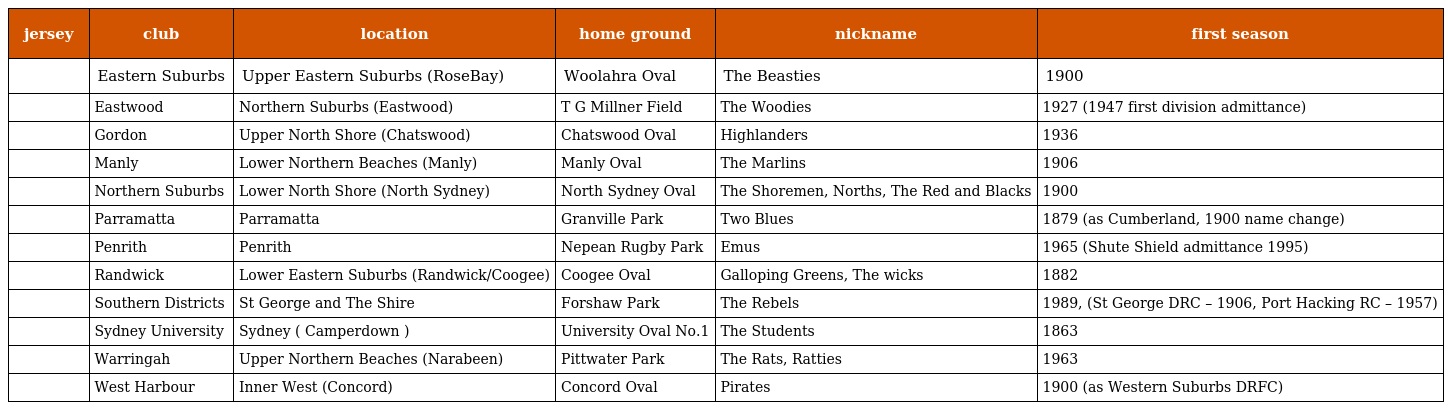
| jersey | club | location | home ground | nickname | first season |
 | --- | --- | --- | --- | --- | --- |
 |  | Eastern Suburbs | Upper Eastern Suburbs (RoseBay) | Woolahra Oval | The Beasties | 1900 |
 |  | Eastwood | Northern Suburbs (Eastwood) | T G Millner Field | The Woodies | 1927 (1947 first division admittance) |
 |  | Gordon | Upper North Shore (Chatswood) | Chatswood Oval | Highlanders | 1936 |
 |  | Manly | Lower Northern Beaches (Manly) | Manly Oval | The Marlins | 1906 |
 |  | Northern Suburbs | Lower North Shore (North Sydney) | North Sydney Oval | The Shoremen, Norths, The Red and Blacks | 1900 |
 |  | Parramatta | Parramatta | Granville Park | Two Blues | 1879 (as Cumberland, 1900 name change) |
 |  | Penrith | Penrith | Nepean Rugby Park | Emus | 1965 (Shute Shield admittance 1995) |
 |  | Randwick | Lower Eastern Suburbs (Randwick/Coogee) | Coogee Oval | Galloping Greens, The wicks | 1882 |
 |  | Southern Districts | St George and The Shire | Forshaw Park | The Rebels | 1989, (St George DRC – 1906, Port Hacking RC – 1957) |
 |  | Sydney University | Sydney ( Camperdown ) | University Oval No.1 | The Students | 1863 |
 |  | Warringah | Upper Northern Beaches (Narabeen) | Pittwater Park | The Rats, Ratties | 1963 |
 |  | West Harbour | Inner West (Concord) | Concord Oval | Pirates | 1900 (as Western Suburbs DRFC) |